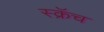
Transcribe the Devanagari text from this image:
स्क्रॅच